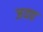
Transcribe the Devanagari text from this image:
जयप